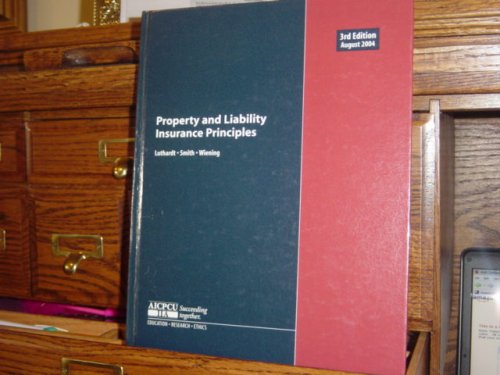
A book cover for Property and Liability Insurance Principles; Luthardt-Smith-Wiening; Business & Money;